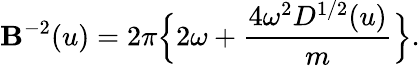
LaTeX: \mathbf{B}^{-2}(u)=2\pi\Bigl\{ 2\omega+{\frac{{4\omega^{2}D^{1/2}(u)}}{{m}}}\Bigr\} .